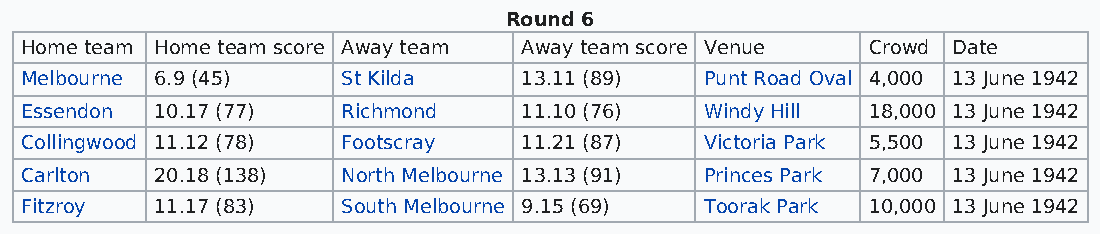
Round 6
 Home team Home team score Away team Away team score Venue Crowd Date
 Melbourne 6.9 (45)    St Kilda    13.11 (89)  Punt Road Oval 4,000 13 June 1942
 Essendon 10.17 (77)   Richmond    11.10 (76)  Windy Hill 18,000 13 June 1942
 Collingwood 11.12 (78) Footscray  11.21 (87)  Victoria Park 5,500 13 June 1942
 Carlton  20.18 (138)  North Melbourne 13.13 (91) Princes Park 7,000 13 June 1942
 Fitzroy  11.17 (83)   South Melbourne 9.15 (69) Toorak Park 10,000 13 June 1942